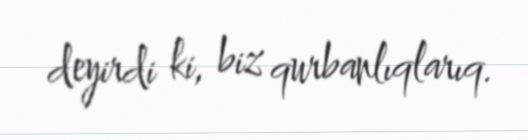
deyirdi ki, biz qurbanlıqlarıq.